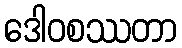
ဒေါဝစဿတာ